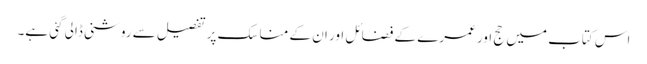
اس کتاب میں حج اور عمرے کے فضائل اور ان کے مناسک پر تفصیل سے روشنی ڈالی گئی ہے۔